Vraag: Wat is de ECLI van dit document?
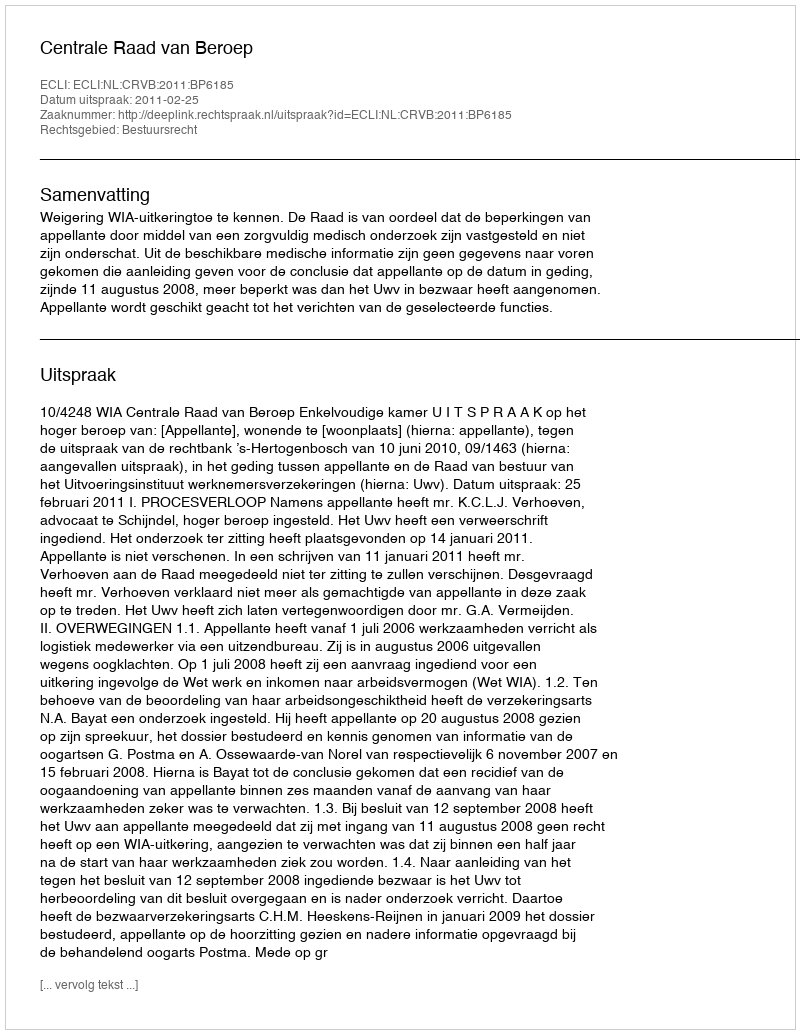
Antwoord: ECLI:NL:CRVB:2011:BP6185